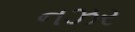
નઝર